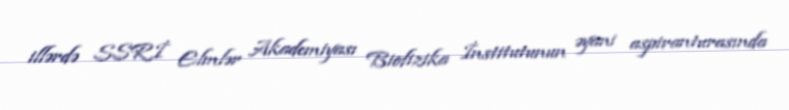
illərdə SSRİ Elmlər Akademiyası Biofizika İnstitutunun əyani aspiranturasında